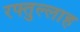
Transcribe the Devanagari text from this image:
रफ्तुल्लाह